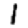
Digit: 1